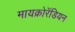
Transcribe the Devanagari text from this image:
मायक्रोरॅडियन